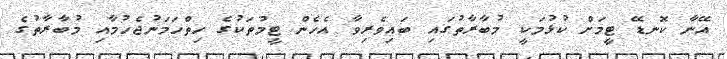
އޭނާ ކޮނޑޭ ޓީމަށް ކުޅުމަކީ މުބާރާތުގައި ބައިވެރިވާ އެހެން ޓީމުތަކުގެ ހިތްހަމަނުޖެހުމާއި މުބާރާތުގެ